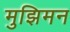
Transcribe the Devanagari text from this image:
मुझिमन